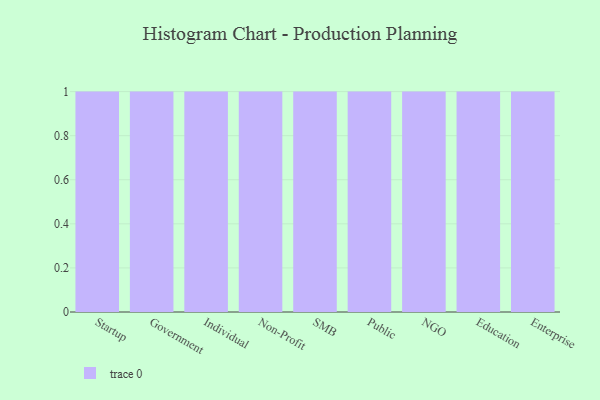
{"axis": {"x": "Segment", "y": "Headcount"}, "legend": [""], "data": [{"x": "Startup", "y": 25, "type": ""}, {"x": "Government", "y": 30, "type": ""}, {"x": "Individual", "y": 88, "type": ""}, {"x": "Non-Profit", "y": 91, "type": ""}, {"x": "SMB", "y": 75, "type": ""}, {"x": "Public", "y": 18, "type": ""}, {"x": "NGO", "y": 35, "type": ""}, {"x": "Education", "y": 74, "type": ""}, {"x": "Enterprise", "y": 83, "type": ""}]}